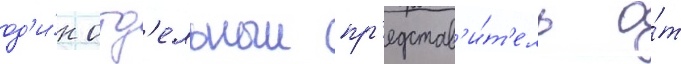
од'и́н отд'ельныи пр'едстав'и́т'ель о́т